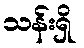
သန်းရှိ